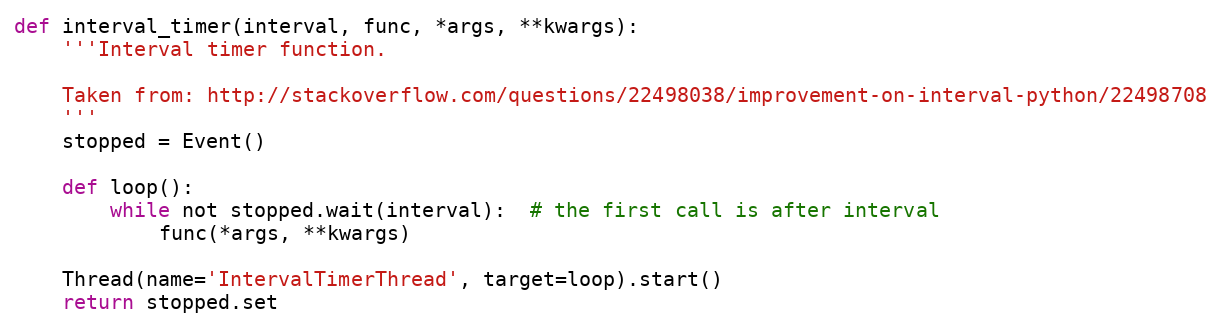
Language: Python
def interval_timer(interval, func, *args, **kwargs):
    '''Interval timer function.

    Taken from: http://stackoverflow.com/questions/22498038/improvement-on-interval-python/22498708
    '''
    stopped = Event()

    def loop():
        while not stopped.wait(interval):  # the first call is after interval
            func(*args, **kwargs)

    Thread(name='IntervalTimerThread', target=loop).start()
    return stopped.set